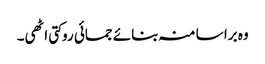
وہ برا سا منہ بنائے جمائی روکتی اٹھی۔